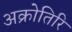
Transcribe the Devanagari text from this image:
अक्रोतिरि